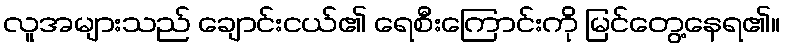
လူအများသည် ချောင်းငယ်၏ ရေစီးကြောင်းကို မြင်တွေ့နေရ၏။